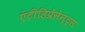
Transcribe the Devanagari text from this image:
एंटीडिप्रेसेन्ट्स